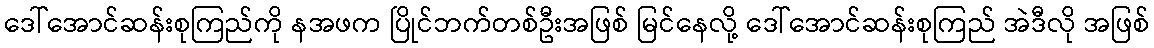
ဒေါ်အောင်ဆန်းစုကြည်ကို နအဖက ပြိုင်ဘက်တစ်ဦးအဖြစ် မြင်နေလို့ ဒေါ်အောင်ဆန်းစုကြည် အဲဒီလို အဖြစ်